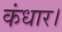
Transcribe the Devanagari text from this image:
कंधार।